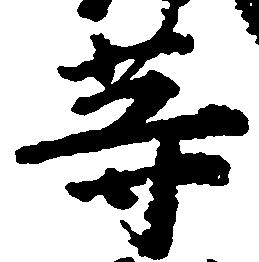
等